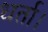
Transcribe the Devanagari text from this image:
धर्ता।